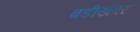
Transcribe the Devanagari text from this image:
बडीखबर